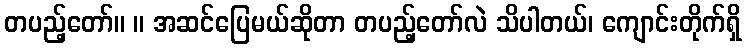
တပည့်တော်။ ။ အဆင်ပြေမယ်ဆိုတာ တပည့်တော်လဲ သိပါတယ်၊ ကျောင်းတိုက်ရှိ